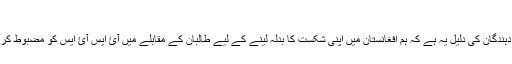
​
کچھ راۓ دہندگان کی دليل يہ ہے کہ ہم افغانستان ميں اپنی شکست کا بدلہ لينے کے ليے طالبان کے مقابلے ميں آئ ايس آئ ايس کو مضبوط کر رہے ہيں۔